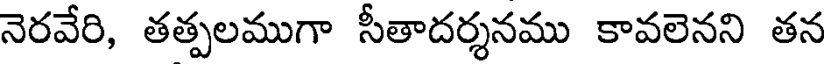
నెరవేరి, తత్పలముగా సీతాదర్శనము కావలెనని తన